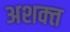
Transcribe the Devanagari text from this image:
अशक्‍त